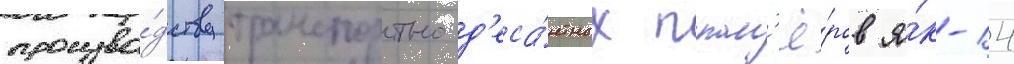
произво́дству транспортно-д'еса́нтных план'ё́ров я́к-14